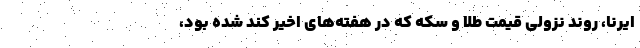
ایرنا، روند نزولی قیمت طلا و سکه که در هفته‌های اخیر کند شده بود،